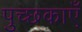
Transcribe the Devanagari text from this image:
पुच्छकाएँ